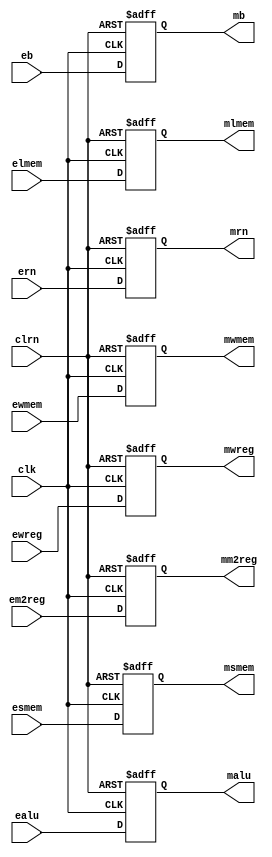
`timescale 1ns / 1ps
//////////////////////////////////////////////////////////////////////////////////
// Company: 
// Engineer: 
// 
// Design Name: 
// Module Name: pipeemreg
// Project Name: 
// Target Devices: 
// Tool Versions: 
// Description: 
// 
// Dependencies: 
// 
// Revision:
// Revision 0.01 - File Created
// Additional Comments:
// 
//////////////////////////////////////////////////////////////////////////////////


module pipeemreg(ewreg,em2reg,ewmem,elmem,esmem,ealu,eb,ern,clk,clrn,
mwreg,mm2reg,mwmem,mlmem,msmem,malu,mb,mrn);
   input [31:0] ealu,eb;
   input [4:0] ern;
   input ewreg,em2reg,ewmem;
   //for memory
   input [2:0] elmem;
   input [1:0] esmem;
   input clk,clrn;
   output [31:0] malu,mb;
   output [4:0] mrn;
   output mwreg,mm2reg,mwmem;
   //for memory
   output [2:0] mlmem;
   output [1:0] msmem;
   reg [31:0] malu,mb;
   reg [4:0] mrn;
   reg mwreg,mm2reg,mwmem;
   reg [2:0] mlmem;
   reg [1:0] msmem;
   always @(negedge clrn or posedge clk)
       if (clrn == 0) begin
           mwreg <= 0;
           mm2reg <=0;
           mwmem <= 0;
           malu <= 0;
           mb <= 0;
           mrn <= 0;
           mlmem <= 0;
           msmem <= 0;
       end else begin
           mwreg <= ewreg;
           mm2reg <= em2reg;
           mwmem <= ewmem;
           malu <= ealu;
           mb <= eb;
           mrn <= ern;
           mlmem <= elmem;
           msmem <= esmem;
       end
endmodule